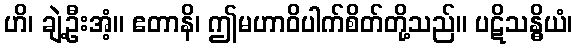
ဟိ၊ ချဲ့ဦးအံ့။ ဧတာနိ၊ ဤမဟာဝိပါက်စိတ်တို့သည်။ ပဋိသန္ဓိယံ၊